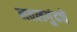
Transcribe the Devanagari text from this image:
नवलगुंदचे